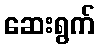
ဆေးရွက်